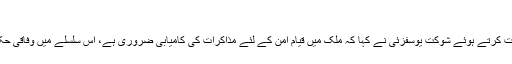
(خبر جاری ہے)
پشاور میں انسداد پولیو مہم کے دوران میڈیا سے بات کرتے ہوئے شوکت یوسفزئی نے کہا کہ ملک میں قیام امن کے لئے مذاکرات کی کامیابی ضروری ہے، اس سلسلے میں وفاقی حکومت اور طالبان کو سنجیدگی کا مظاہرہ کرنا ہوگا۔